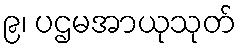
၉၊ ပဌမအာယုသုတ်